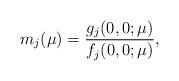
LaTeX: \begin{align*}m_j(\mu) = \frac{g_j(0,0;\mu)}{f_j(0,0;\mu)},\end{align*}